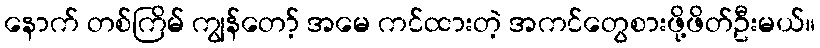
နောက် တစ်ကြိမ် ကျွန်တော့် အမေ ကင်ထားတဲ့ အကင်တွေစားဖို့ဖိတ်ဦးမယ်။